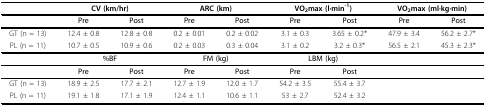
<table><thead><tr><td></td><td colspan="2"><b>CV (km/hr)</b></td><td colspan="2"><b>ARC (km)</b></td><td colspan="2"><b>VO<sub>2</sub>max (l·min<sup>-1</sup>)</b></td><td colspan="2"><b>VO<sub>2</sub>max (ml·kg·min)</b></td></tr></thead><tbody><tr><td></td><td><b>Pre</b></td><td><b>Post</b></td><td><b>Pre</b></td><td><b>Post</b></td><td><b>Pre</b></td><td><b>Post</b></td><td><b>Pre</b></td><td><b>Post</b></td></tr><tr><td>GT (n = 13)</td><td>12.4 ± 0.8</td><td>12.8 ± 0.8</td><td>0.2 ± 0.01</td><td>0.2 ± 0.02</td><td>3.1 ± 0.3</td><td>3.65 ± 0.2*</td><td>47.9 ± 3.4</td><td>56.2 ± 2.7*</td></tr><tr><td>PL (n = 11)</td><td>10.7 ± 0.5</td><td>10.9 ± 0.6</td><td>0.2 ± 0.03</td><td>0.3 ± 0.04</td><td>3.1 ± 0.2</td><td>3.2 ± 0.3*</td><td>56.5 ± 2.1</td><td>45.3 ± 2.3*</td></tr><tr><td></td><td colspan="2"><b>%BF</b></td><td colspan="2"><b>FM (kg)</b></td><td colspan="2"><b>LBM (kg)</b></td><td></td><td></td></tr><tr><td></td><td><b>Pre</b></td><td><b>Post</b></td><td><b>Pre</b></td><td><b>Post</b></td><td><b>Pre</b></td><td><b>Post</b></td><td></td><td></td></tr><tr><td>GT (n = 13)</td><td>18.9 ± 2.5</td><td>17.7 ± 2.1</td><td>12.7 ± 1.9</td><td>12.0 ± 1.7</td><td>54.2 ± 3.5</td><td>55.4 ± 3.7</td><td></td><td></td></tr><tr><td>PL (n = 11)</td><td>19.1 ± 1.8</td><td>17.1 ± 1.9</td><td>12.4 ± 1.1</td><td>10.6 ± 1.1</td><td>53 ± 2.7</td><td>52.4 ± 3.2</td><td></td><td></td></tr></tbody></table>